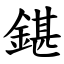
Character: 鍖